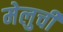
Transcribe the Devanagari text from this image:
मेलुची